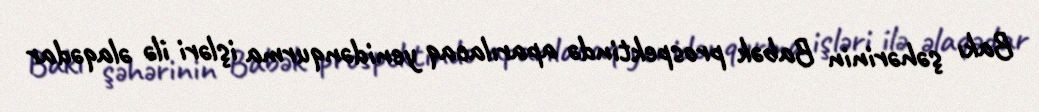
Bakı şəhərinin Babək prospektində aparılacaq yenidənqurma işləri ilə əlaqədar